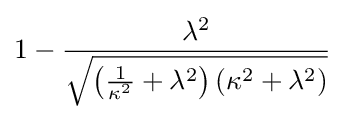
1-{\frac {\lambda ^{2}}{\sqrt {\left({\frac {1}{\kappa ^{2}}}+\lambda ^{2}\right)\left(\kappa ^{2}+\lambda ^{2}\right)}}}